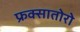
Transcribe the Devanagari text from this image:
फ्रक्सातोरो